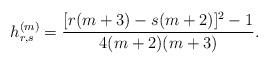
LaTeX: \begin{align*} h_{r,s}^{(m)} = \frac{[r(m+3)-s(m+2)]^2-1}{4(m+2)(m+3)}.\end{align*}